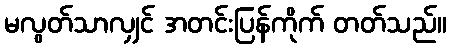
မလွတ်သာလျှင် အတင်းပြန်ကိုက် တတ်သည်။